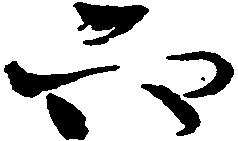
六